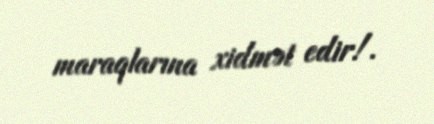
maraqlarına xidmət edir!.